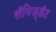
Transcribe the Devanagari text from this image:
सॅमिज़्डॅट